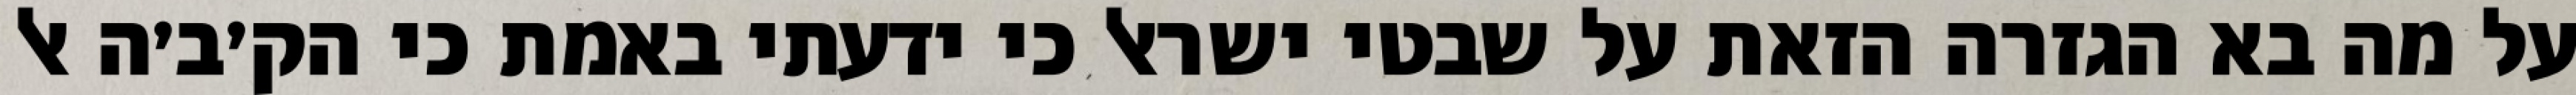
על מה בא הגזרה הזאת על שבטי ישראל כי ידעתי באמת כי הק׳ב׳ה אל